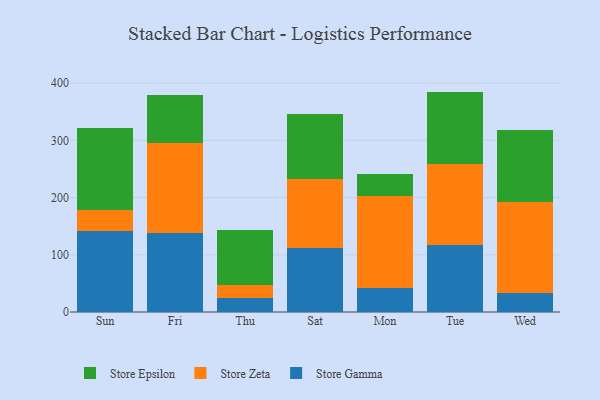
{"axis": {"x": "Day", "y": "Waste Production (Tons)"}, "legend": ["Store Epsilon", "Store Gamma", "Store Zeta"], "data": [{"x": "Sun", "y": 141.2, "type": "Store Gamma"}, {"x": "Sun", "y": 36.8, "type": "Store Zeta"}, {"x": "Sun", "y": 143.2, "type": "Store Epsilon"}, {"x": "Fri", "y": 138.8, "type": "Store Gamma"}, {"x": "Fri", "y": 155.8, "type": "Store Zeta"}, {"x": "Fri", "y": 84.4, "type": "Store Epsilon"}, {"x": "Thu", "y": 24.6, "type": "Store Gamma"}, {"x": "Thu", "y": 23.4, "type": "Store Zeta"}, {"x": "Thu", "y": 94.5, "type": "Store Epsilon"}, {"x": "Sat", "y": 112.1, "type": "Store Gamma"}, {"x": "Sat", "y": 120.2, "type": "Store Zeta"}, {"x": "Sat", "y": 112.9, "type": "Store Epsilon"}, {"x": "Mon", "y": 41.5, "type": "Store Gamma"}, {"x": "Mon", "y": 161.6, "type": "Store Zeta"}, {"x": "Mon", "y": 38.9, "type": "Store Epsilon"}, {"x": "Tue", "y": 116.3, "type": "Store Gamma"}, {"x": "Tue", "y": 141.7, "type": "Store Zeta"}, {"x": "Tue", "y": 127.2, "type": "Store Epsilon"}, {"x": "Wed", "y": 33.2, "type": "Store Gamma"}, {"x": "Wed", "y": 158.3, "type": "Store Zeta"}, {"x": "Wed", "y": 126.0, "type": "Store Epsilon"}]}